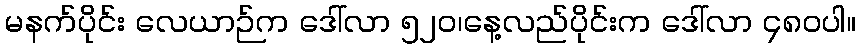
မနက်ပိုင်း လေယာဉ်က ဒေါ်လာ ၅၂၀၊နေ့လည်ပိုင်းက ဒေါ်လာ ၄၈၀ပါ။